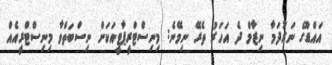
އައްޑޫގެ ނަރުދަމާ ނިޒާމް ދެ އަހަރު ތެރޭ ނިމޭނެ: މިނިސްޓްރީޕާޓީއަކަށް ނިސްބަތްވާ މިނިސްޓްރީއެއް